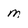
Character: m